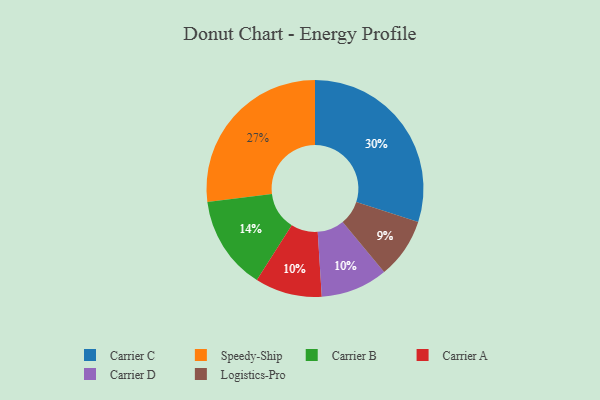
{"axis": {"x": "Category", "y": "Percentage"}, "legend": ["Carrier A", "Carrier B", "Carrier C", "Carrier D", "Logistics-Pro", "Speedy-Ship"], "data": [{"x": "Carrier B", "y": 14, "type": "Carrier B"}, {"x": "Carrier C", "y": 30, "type": "Carrier C"}, {"x": "Carrier A", "y": 10, "type": "Carrier A"}, {"x": "Carrier D", "y": 10, "type": "Carrier D"}, {"x": "Logistics-Pro", "y": 9, "type": "Logistics-Pro"}, {"x": "Speedy-Ship", "y": 27, "type": "Speedy-Ship"}]}